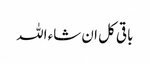
باقی کل ان شاء اللہ